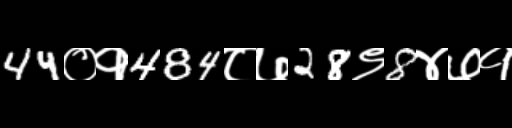
Text: 44०१484८७28९8४७१